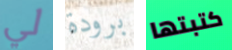
لي برودة كتبتها